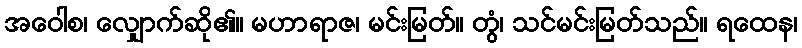
အဝေါစ၊ လျှောက်ဆို၏။ မဟာရာဇ၊ မင်းမြတ်။ တွံ၊ သင်မင်းမြတ်သည်။ ရထေန၊